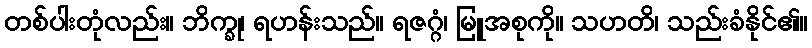
တစ်ပါးတုံလည်း။ ဘိက္ခု၊ ရဟန်းသည်။ ရဇဂ္ဂံ၊ မြူအစုကို။ သဟတိ၊ သည်းခံနိုင်၏။